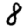
Digit: 8